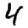
Digit: 4